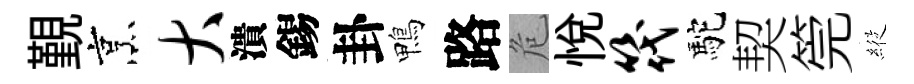
覲烹大潰錫卦鴨路危悦筏駝契筦𦂵